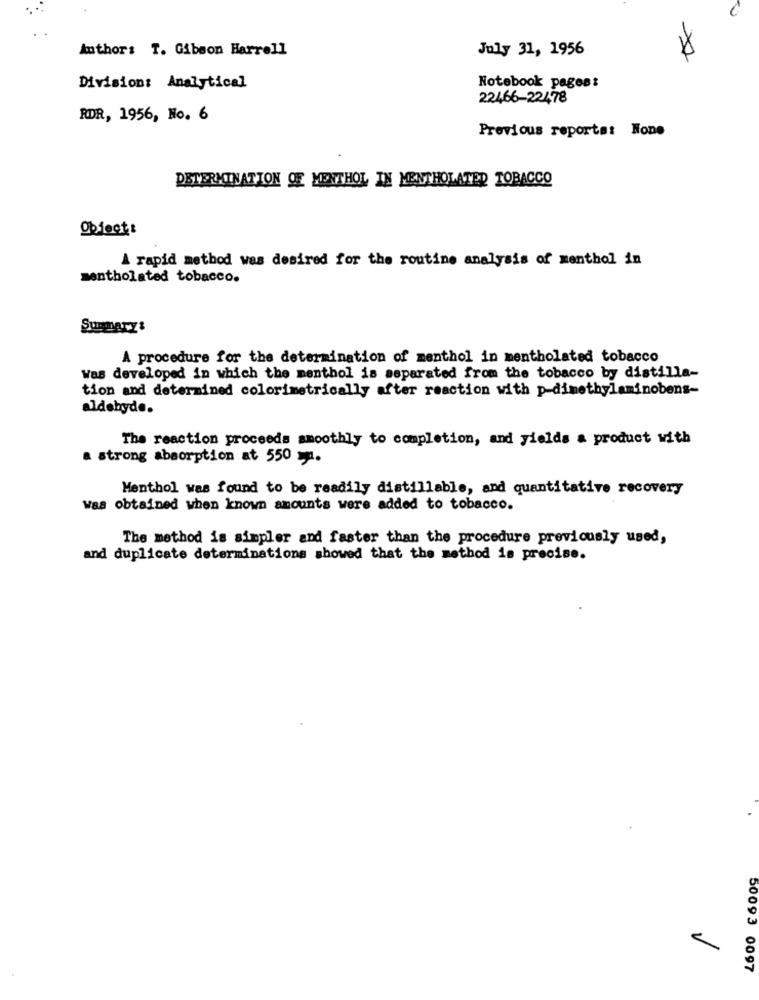
Author: T. Gibson Harrell
July 31, 1956
Division: Analytical
Notebook pages:
22466-22478
RDR, 1956, No. 6
Previous reporta: None
DETERMINATION OF MENTHOL IN MENTHOLATED TOBACCO
0bfeot:
A rapid method was desired for the routine analysis of menthol in
mentholated tobacco.
Summary:
A procedure for the determination of menthol in mentholated tobacco
Was developed in which the menthol is separated from the tobacco by distilla-
tion and determined colorimetrically after reaction with p-dimethylaminobens-
aldehyde.
The reaction proceeds smoothly to completion, and yields a product with
a strong absorption at 550 y.
Menthol was found to be readily distillable, and quantitative recovery
Was obtained when known amounts were added to tobacco.
The method is simpler and faster than the procedure previously used,
and duplicate determinations showed that the method is precise.
50093 0097